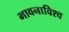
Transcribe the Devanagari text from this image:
भावनाविश्व